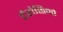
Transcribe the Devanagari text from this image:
टैरोछिनो